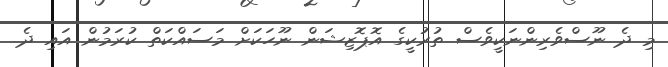
މި ދެ ނޫސްވެރިންނަކީވެސް ތުރުކީގެ އޮޕޮޒިޝަން ނޫހަކަށް މަސައްކަތް ކުރަމުން އައި ދެ